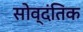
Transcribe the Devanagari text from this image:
सोव्दंतिक